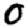
Digit: 0